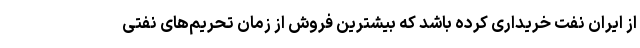
از ایران نفت خریداری کرده باشد که بیشترین فروش از زمان تحریم‌های نفتی